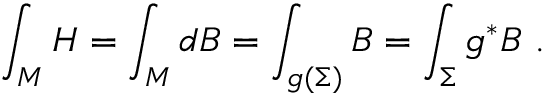
\int _ { M } H = \int _ { M } d B = \int _ { g ( \Sigma ) } B = \int _ { \Sigma } g ^ { * } B ~ .